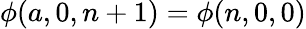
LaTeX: \phi(a,0,n+1)=\phi(n,0,0)